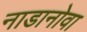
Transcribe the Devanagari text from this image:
नाडानोवा